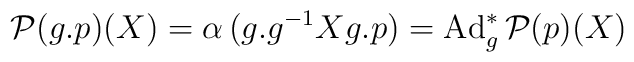
{\cal P}(g.p)(X) = \alpha\,(g.g^{-1}Xg.p) ={\rm Ad}^*_{g} \,{\cal P}(p) (X)